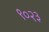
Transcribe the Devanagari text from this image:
९०२३